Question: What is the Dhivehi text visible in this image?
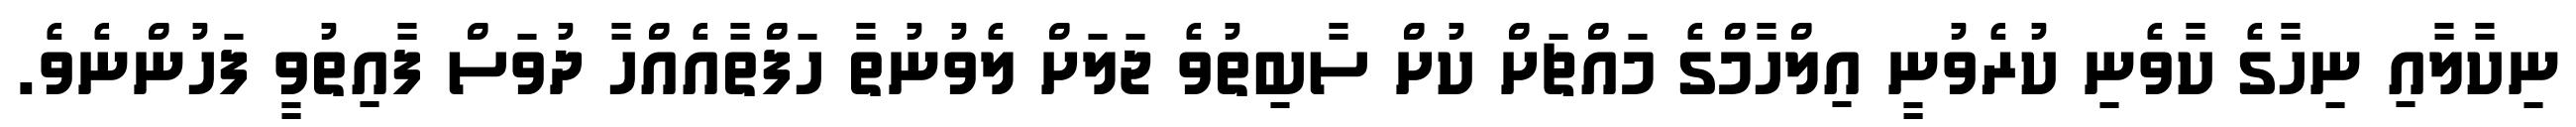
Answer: ނިކާލާއި ނިހާގެ ކާވެނި ކުރެވުނީ އިލްހާމްގެ މައްޗަށް ކުށް ސާބިތުވެ ޖަލަށް ލެވުނުތާ ހަފްތާއެއްހާ ދުވަސް ފާއިތުވީ ފަހުންނެވެ.